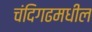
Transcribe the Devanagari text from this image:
चंदिगढमधील